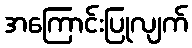
အကြောင်းပြုလျက်